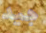
جيد